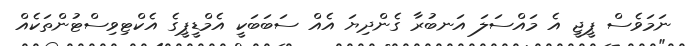
ނަމަވެސް ޕީޖީ އެ މައްސަލަ އަނބުރާ ގެންދިޔަ އެއް ސަބަބަކީ އެމްޑީޕީގެ އެކްޓިވިސްޓުންތަކެއް